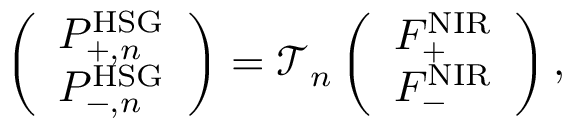
\begin{array} { r } { \left( \begin{array} { l } { P _ { + , n } ^ { \mathrm { H S G } } } \\ { P _ { - , n } ^ { \mathrm { H S G } } } \end{array} \right) = \mathcal { T } _ { n } \left( \begin{array} { l } { F _ { + } ^ { \mathrm { N I R } } } \\ { F _ { - } ^ { \mathrm { N I R } } } \end{array} \right) , } \end{array}